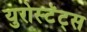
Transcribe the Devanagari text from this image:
युरोस्टॅट्स